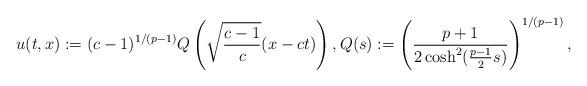
LaTeX: \begin{align*}u(t,x):=(c-1)^{1/(p-1)}Q\left(\sqrt{\frac{c-1}{c}} (x-ct)\right), Q(s):= \left( \frac{p+1}{2\cosh^2(\frac{p-1}{2}s)} \right)^{1/(p-1)},\end{align*}